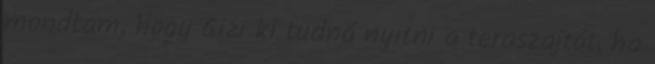
mondtam, hogy Gizi ki tudná nyitni a teraszajtót, ha